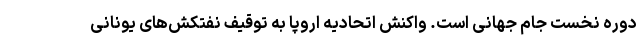
دوره نخست جام جهانی است. واکنش اتحادیه اروپا به توقیف نفتکش‌های یونانی